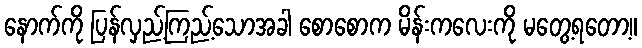
နောက်ကို ပြန်လှည့်ကြည့်သောအခါ စောစောက မိန်းကလေးကို မတွေ့ရတော့။